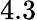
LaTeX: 4.3